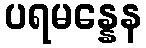
ပရမန္နေန